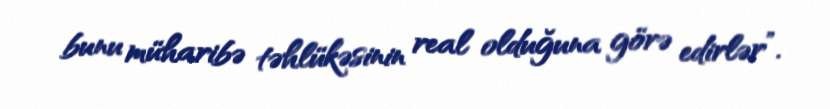
bunu müharibə təhlükəsinin real olduğuna görə edirlər”.